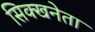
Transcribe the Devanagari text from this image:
सिक्खनेता